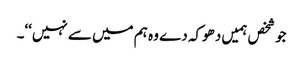
جو شخص ہمیں دھوکہ دے وہ ہم میں سے نہیں‘‘۔